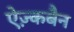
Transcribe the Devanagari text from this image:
ऐज़्कबैन